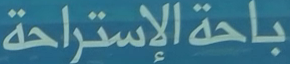
باحةالاستراحة